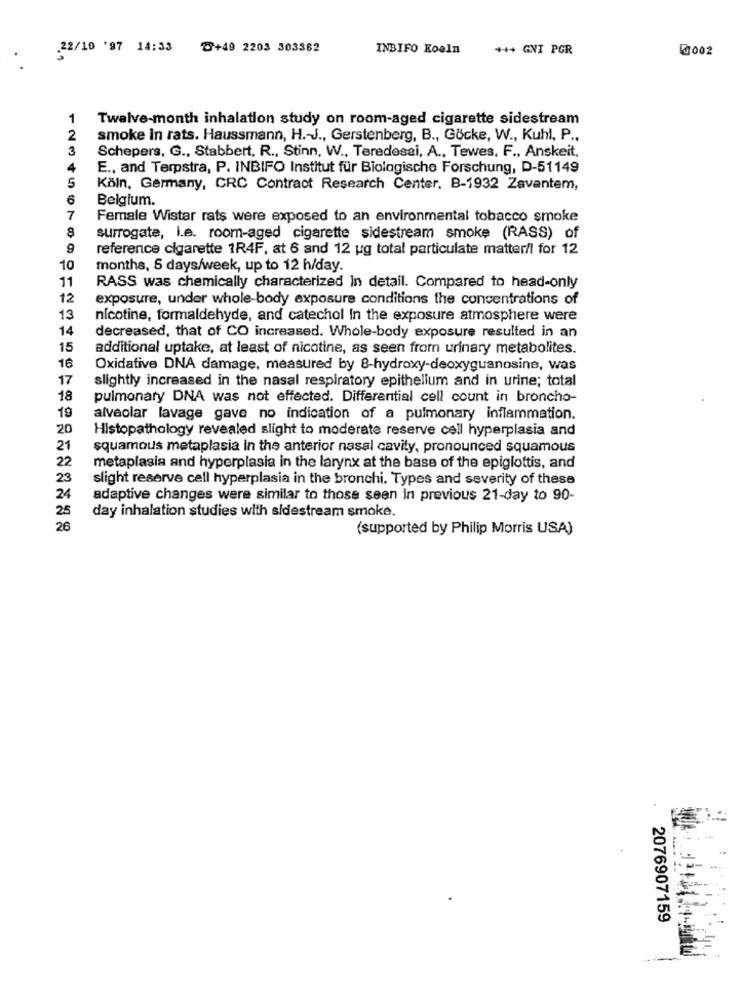
22/10 '97 14:33 +49 2203 303362
INBIFO Koeln
+++ GNI PGR
0002
1
Twelve-month inhalation study on room-aged cigarette sidestream
2
smoke in rats. Haussmann, H .- J ., Gerstenberg, B ., Göcke, W ., Kuhl, P .,
3
Schepers, G ., Stabbert, R ., Stinn, W ., Teredesai, A ., Tewes, F ., Anskeit,
4
E ., and Terpstra, P. INBIFO Institut für Biologische Forschung, D-51149
Köln, Germany, CRC Contract Research Center. B-1932 Zaventem,
6
Belgium.
7
Female Wistar rats were exposed to an environmental tobacco smoke
8
surrogate, i.e. room-aged cigarette sidestream smoke (RASS) of
9
reference cigarette 1R4F, at 6 and 12 ug total particulate matter/l for 12
10
months, 5 days/week, up to 12 h/day.
11
RASS was chemically characterized in detail. Compared to head-only
12
exposure, under whole-body exposure conditions the concentrations of
13
nicotine, formaldehyde, and catechol In the exposure atmosphere were
14
decreased, that of CO increased. Whole-body exposure resulted in an
15
additional uptake, at least of nicotine, as seen from urinary metabolites.
16
Oxidative DNA damage, measured by 8-hydroxy-deoxyguanosine, was
17
slightly increased in the nasal respiratory epithelium and in urine; total
18
pulmonary DNA was not effected. Differential cell count in broncho-
19
alveolar lavage gave no indication of a pulmonary inflammation.
20
Histopathology revealed slight to moderate reserve cell hyperplasia and
21
squamous metaplasia in the anterior nasal cavity, pronounced squamous
22
metaplasia and hyperplasia in the larynx at the base of the epiglottis, and
23
slight reserve cell hyperplasia in the bronchi. Types and severity of these
24
adaptive changes were similar to those seen in previous 21-day to 90-
25
day inhalation studies with sidestream smoke.
26
(supported by Philip Morris USA)
2076907159